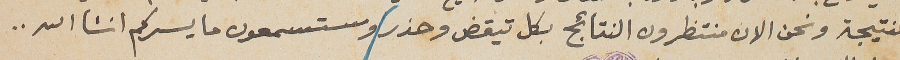
النتيجة ونحن الان منتظرون النتائج بكل تيقض وحذر وستسمعون ما يسركم انشأالله..